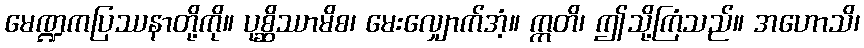
မေဏ္ဍကပြဿနာတို့ကို။ ပုစ္ဆိဿာမိစ၊ မေးလျှောက်အံ့။ ဣတိ၊ ဤသို့ကြံသည်။ အဟောသိ၊